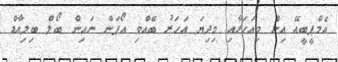
އެމްޕީބީއޭ އިން މިއަހަރާއި މިދިޔަ އަހަރު ބޭއްވި އޯޕަން ނައިން ބޯލް ބިލިއާޑް